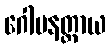
ဂေါပနတ္ထာယ